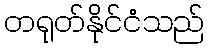
တရုတ်နိုင်ငံသည်